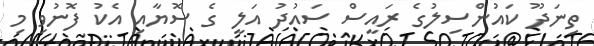
ތިނަދޫ ކައުންސިލުގެ ރައީސް ސައުދު އަލީ ގެ ސޮޔާއި އެކު ފޮނުވި މި